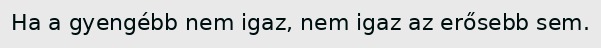
Ha a gyengébb nem igaz, nem igaz az erősebb sem.